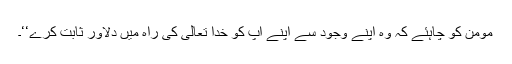
مومن کو چاہئے کہ وہ اپنے وجود سے اپنے آپ کو خدا تعالیٰ کی راہ میں دلاور ثابت کرے‘‘۔